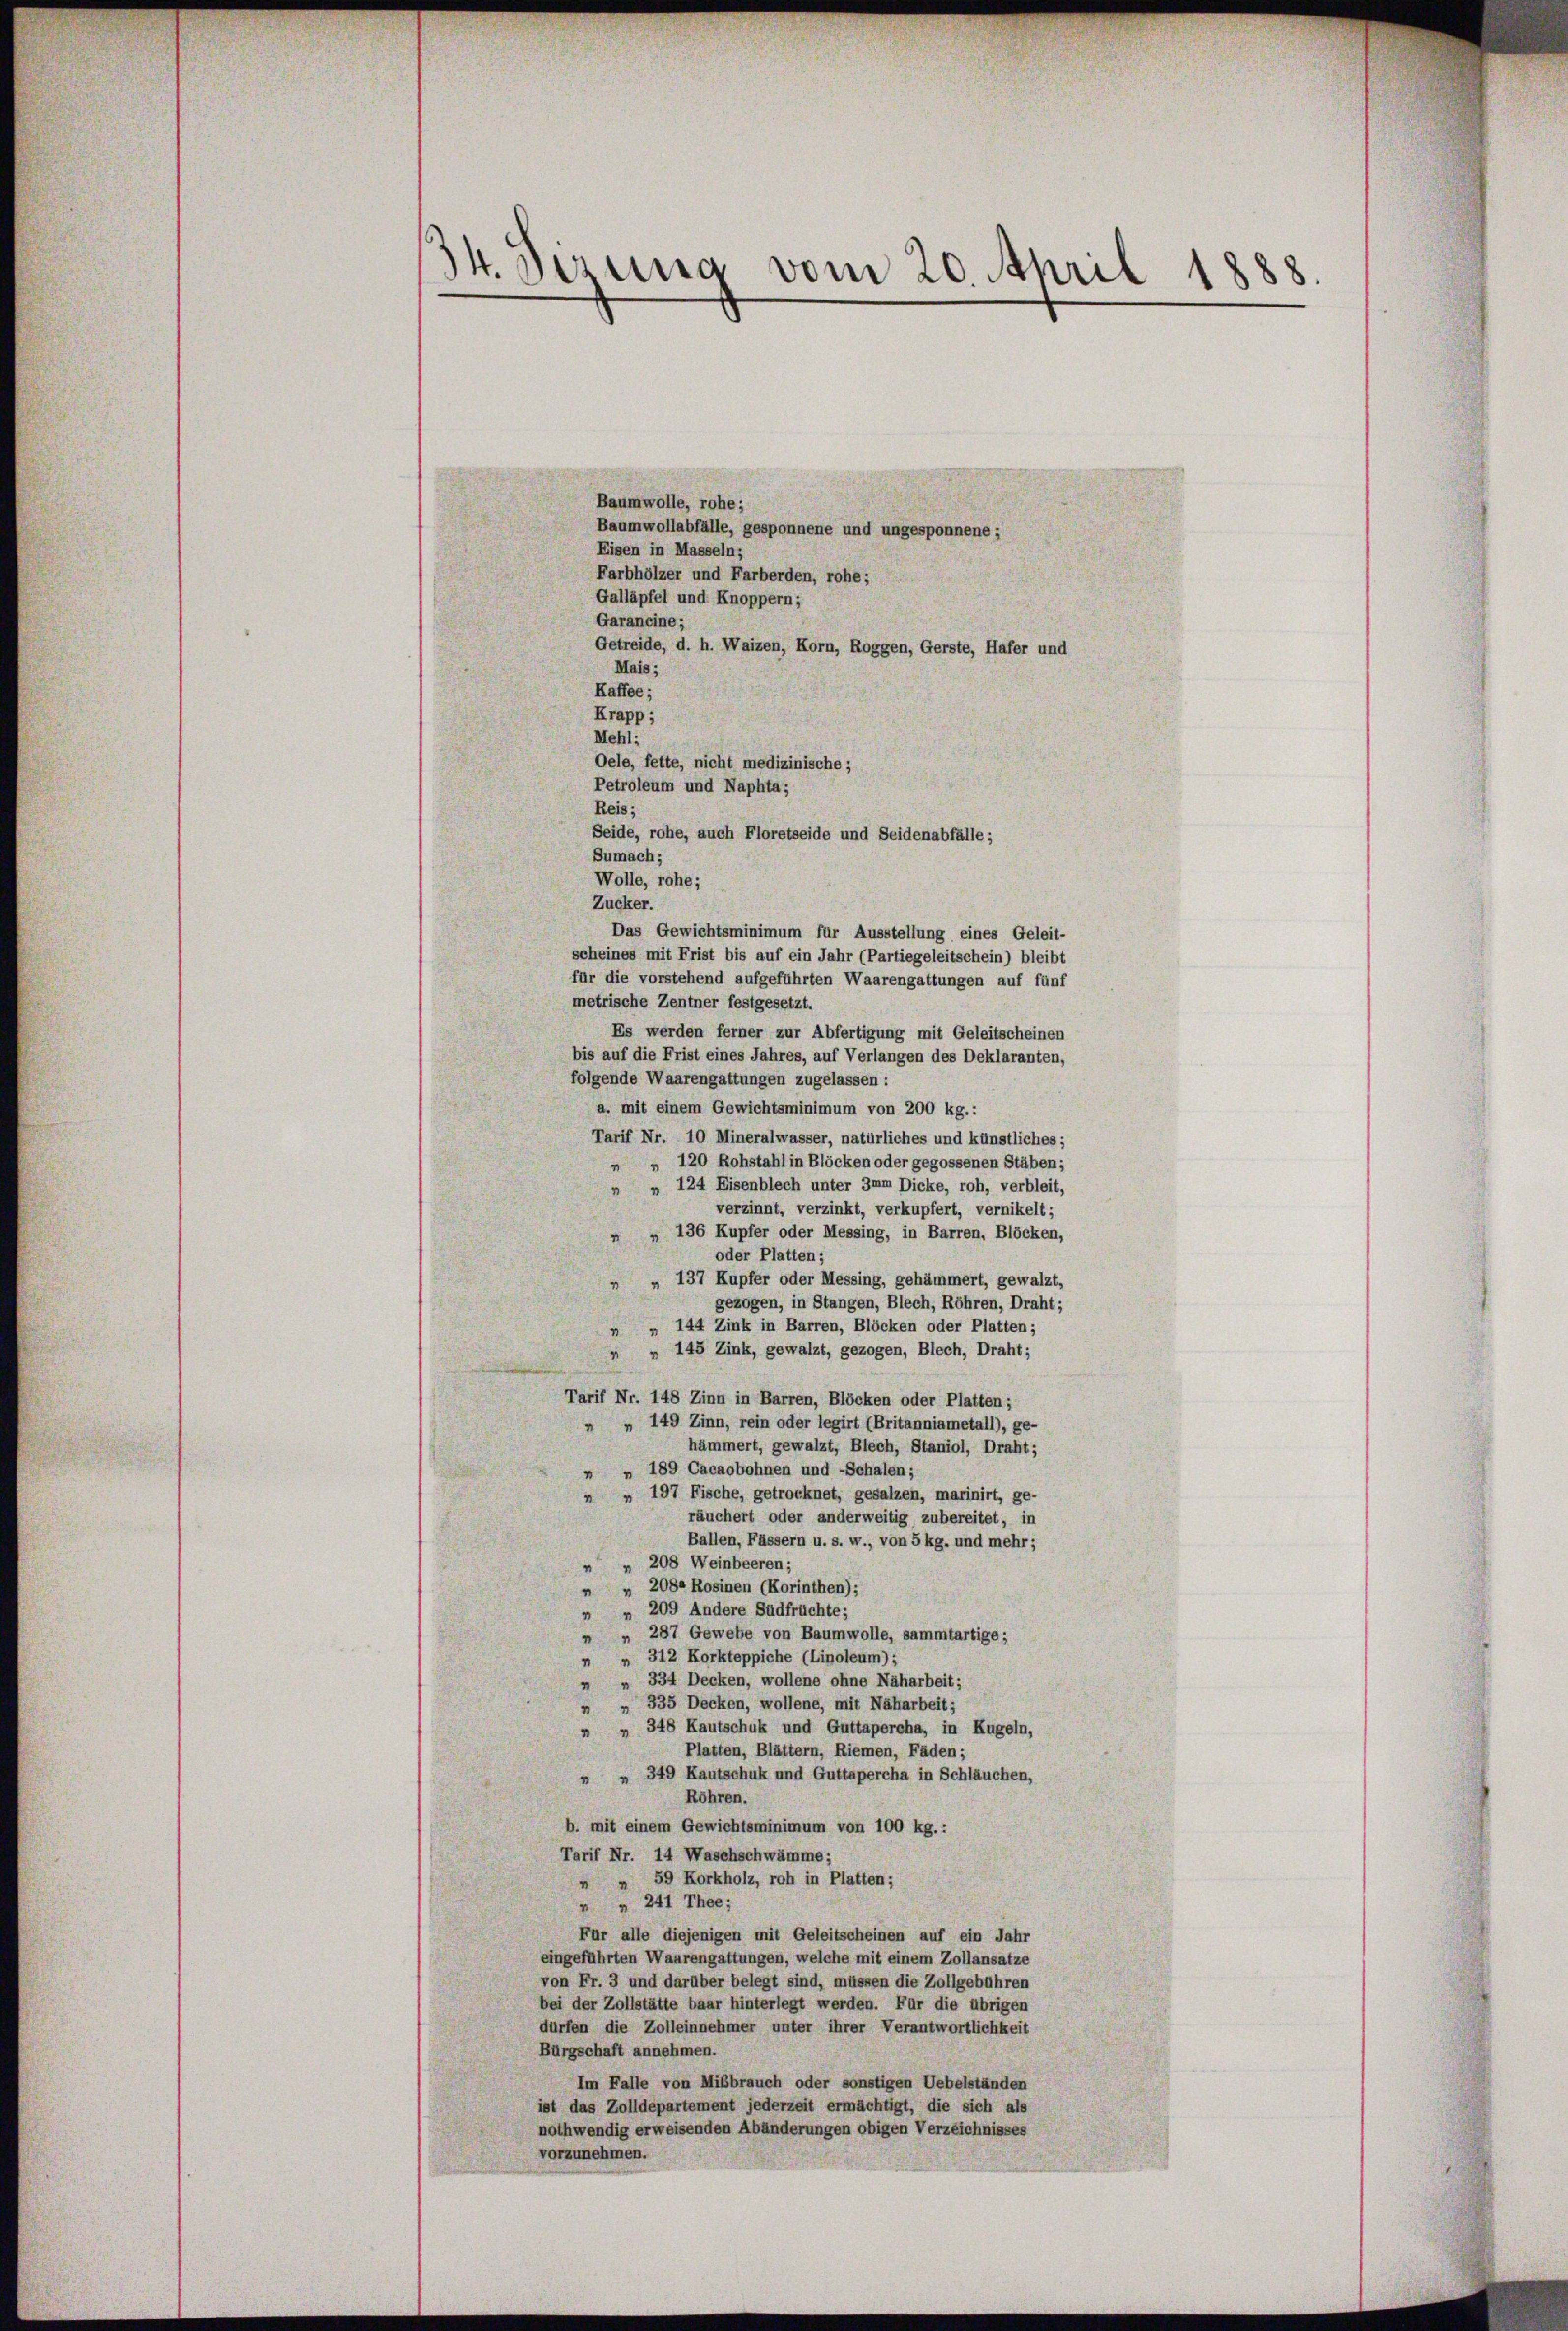
34. Dezung vom 20. April 1888.

Baumwolle, rohe;
Baumwollabfälle, gesponnene und ungesponnene;
Eisen in Masseln;
Farbhölzer und Farberden, rohe;
Galläpfel und Knoppern;
Garancine;
Getreide, d. h. Waizen, Korn, Roggen, Gerste, Hafer und
Mais;
Kaffee;
Krapp;
Mehl;
Oele, fette, nicht medizinische;
Petroleum und Naphta;
Reis;
Seide, rohe, auch Floretseide und Seidenabfälle ;
scheines mit Frist bis auf ein Jahr (Partiegeleitschein) bleibt
für die vorstehend aufgeführten Waarengattungen auf fünf
metrische Zentner festgesetzt.
Es werden ferner zur Abfertigung mit Geleitscheinen
bis auf die Frist eines Jahres, auf Verlangen des Deklaranten,
folgende Waarengattungen zugelassen:
a. mit einem Gewichtsminimum von 200 kg.:
Tarif Nr. 10 Mineralwasser, natürliches und künstliches;
 " 120 Rohstahl in Blöcken oder gegossenen Stäben;
  124 Eisenblech unter 3mm Dicke, roh, verbleit,
verzinnt, verzinkt, verkupfert, vernikelt;
„ „ 136 Kupfer oder Messing, in Barren, Blöcken,
oder Platten;
„ „ 137 Kupfer oder Messing, gehämmert, gewalzt,
gezogen, in Stangen, Blech, Röhren, Draht;
 " 144 Zink in Barren, Blöcken oder Platten;
„ „ 145 Zink, gewalzt, gezogen, Blech, Draht;
Tarif Nr. 148 Zinn in Barren, Blöcken oder Platten;
 » 149 Zinn, rein oder legirt (Britanniametall), ge-
hämmert, gewalzt, Blech, Staniol, Draht;
" " 189 Cacaobohnen und -Schalen;
» 197 Fische, getrocknet, gesalzen, marinirt, ge-
räuchert oder anderweitig zubereitet, in
Ballen, Fässern u. s. w., von 5 kg. und mehr;
" " 208 Weinbeeren;
" " 208. Rosinen (Korinthen);
" " 209 Andere Südfrüchte;
287 Gewebe von Baumwolle, sammtartige;
"
" " 312 Korkteppiche (Linoleum);
" " 334 Decken, wollene ohne Näharbeit;
" " 335 Decken, wollene, mit Naharbeit;
" " 348 Kautschuk und Guttapercha, in Kugeln,
Platten, Blättern, Riemen, Fäden;
" " 349 Kautschuk und Guttapercha in Schläuchen,
Röhren.
b. mit einem Gewichtsminimum von 100 kg.:
Tarif Nr. 14 Waschschwämme;
" " 59 Korkholz, roh in Platten;
" " 241 Thee;
Für alle diejenigen mit Geleitscheinen auf ein Jahr
eingeführten Waarengattungen, welche mit einem Zollansatze
von Fr. 3 und darüber belegt sind, müssen die Zollgebühren
bei der Zollstätte baar hinterlegt werden. Für die übrigen
dürfen die Zolleinnehmer unter ihrer Verantwortlichkeit
Bürgschaft annehmen.
Im Falle von Mißbrauch oder sonstigen Uebelständen
ist das Zolldepartement jederzeit ermächtigt, die sich als
nothwendig erweisenden Abänderungen obigen Verzeichnisses
vorzunehmen.

Sumach;
Wolle, rohe;
Zucker.

Das Gewichtsminimum für Ausstellung eines Geleit-